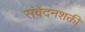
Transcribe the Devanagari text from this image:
संवेदनशक्ती